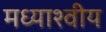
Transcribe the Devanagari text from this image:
मध्याश्वीय